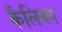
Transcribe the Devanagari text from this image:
कैलिबन